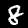
Label: 8